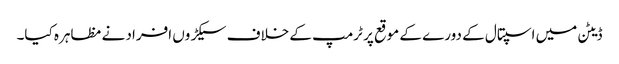
ڈیٹن میں اسپتال کے دورے کے موقع پر ٹرمپ کے خلاف سیکڑوں افراد نے مظاہرہ کیا۔